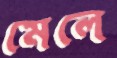
মেলে